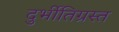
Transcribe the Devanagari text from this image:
दुर्भीतिग्रस्त